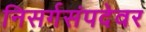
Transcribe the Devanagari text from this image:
निसर्गसंपदेवर